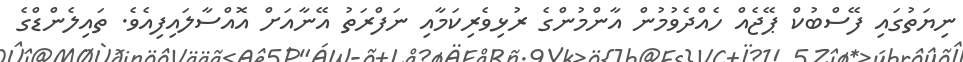
ނިޔަތުގައި ފޭސްބުކް ޕޭޖެއް ހެއްދެވުމުން އާންމުންގެ ރުޅިވެރިކަމާއި ނަފްރަތު އޭނާއަށް އޮއްސާލައިފިއެވެ. ތައިލެންޑްގެ